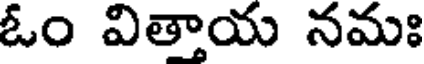
ఓం వితాయ నమః